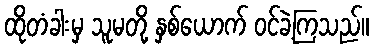
ထိုတံခါးမှ သူမတို့ နှစ်ယောက် ဝင်ခဲ့ကြသည်။